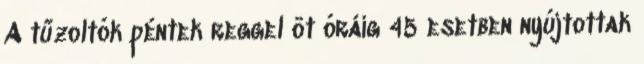
A tűzoltók péntek reggel öt óráig 45 esetben nyújtottak